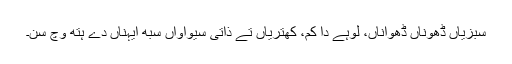
سبزیاں ڈھوناں ڈھواناں، لوہے دا کم، کھتریاں تے ذاتی سیواواں سبھ ایہناں دے ہتھ وچ سن۔